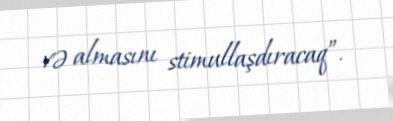
və almasını stimullaşdıracaq”.